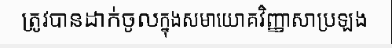
ត្រូវបានដាក់ចូលក្នុងសមាយោគវិញ្ញាសាប្រឡង